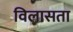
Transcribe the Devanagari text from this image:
विलासता